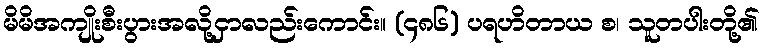
မိမိအကျိုးစီးပွားအလို့ငှာလည်းကောင်း။ (၄၈၆) ပရဟိတာယ စ၊ သူတပါးတို့၏